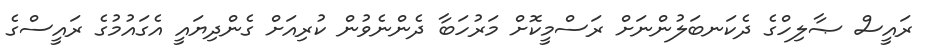
ރައީސް ޞާލިހްގެ ދެކަނބަލުންނަށް ރަސްމީކޮށް މަރުހަބާ ދެންނެވުން ކުރިއަށް ގެންދިޔައީ އެގައުމުގެ ރައީސްގެ